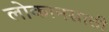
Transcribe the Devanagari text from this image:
लोकानसाठी